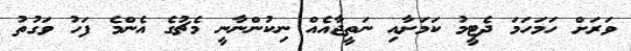
ވަރަށް ހަމަހަމަ ދެޓީމު ކަމަށާއި ނަތީޖާއެއް ނިކުންނާނީ މެޗުގެ އެންމެ ފަހު ވަގުތު